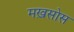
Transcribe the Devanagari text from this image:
मख़सोस